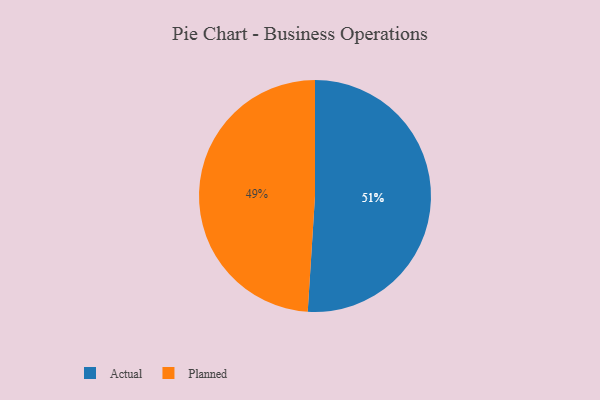
{"axis": {"x": "Category", "y": "Percentage"}, "legend": ["Actual", "Planned"], "data": [{"x": "Planned", "y": 49, "type": "Planned"}, {"x": "Actual", "y": 51, "type": "Actual"}]}